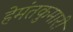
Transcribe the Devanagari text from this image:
हेमंतकुमारी